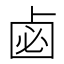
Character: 𠧸